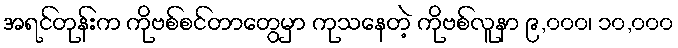
အရင်တုန်းက ကိုဗစ်စင်တာတွေမှာ ကုသနေတဲ့ ကိုဗစ်လူနာ ၉,၀၀၀၊ ၁၀,၀၀၀